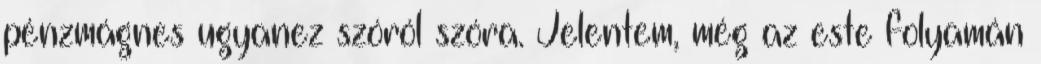
pénzmágnes ugyanez szóról szóra. Jelentem, még az este folyamán